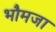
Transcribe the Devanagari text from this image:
भौमजा